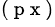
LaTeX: ^{(\mathrm{~p~x~})}